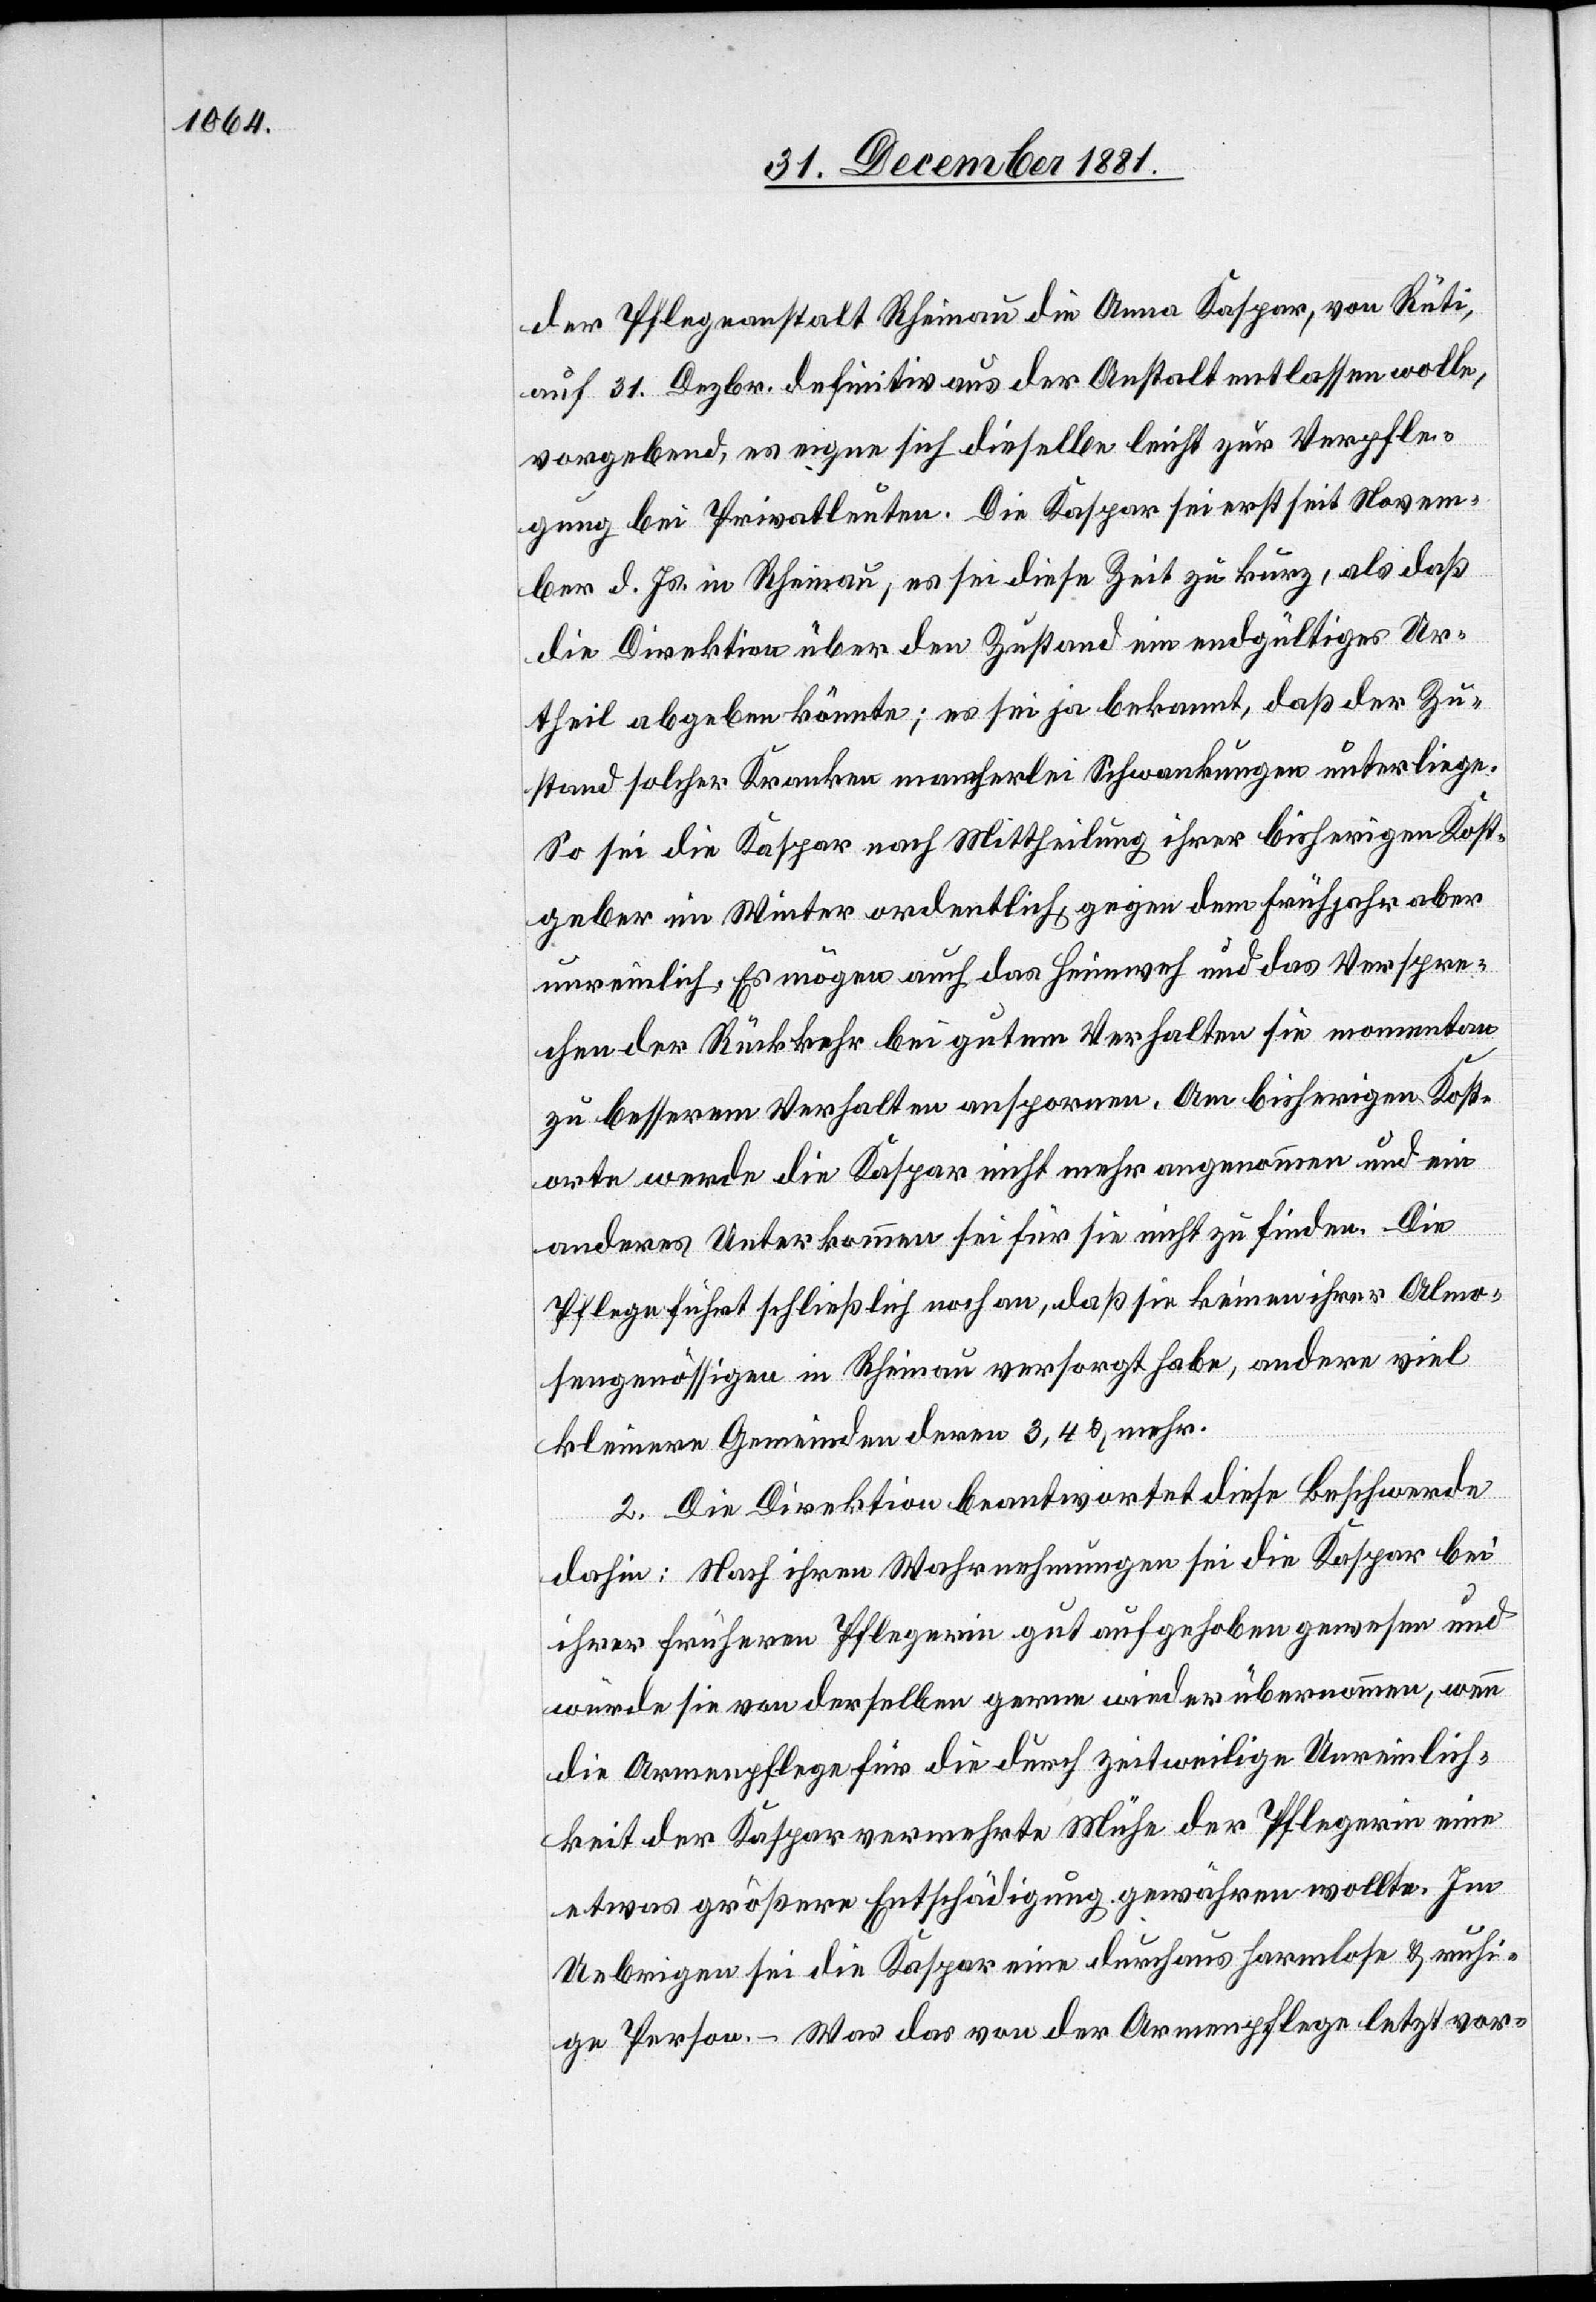
der Pflegeanstalt Rheinau die Anna Kaspar, von Rüti,
auf 31. Dezember definitiv aus der Anstalt entlassen wolle,
vorgebend, es eigne sich dieselbe leicht zur Verpfle¬
gung bei Privatleuten. Die Kaspar sei erst seit Novem¬
ber d. Js. in Rheinau, es sei diese Zeit zu kurz, als daß
die Direktion über den Zustand ein endgültiges Ur¬
theil abgeben könnte; es sei ja bekannt, daß der Zu¬
stand solcher Kranken mancherlei Schwankungen unterliege.
So sei die Kaspar nach Mittheilung ihrer bisherigen Kost¬
geber im Winter ordentlich, gegen dem Frühjahr aber
unreinlich. Es mögen auch das Heimweh und das Verspre¬
chen der Rückkehr bei gutem Verhalten sie momentan
zu besserem Verhalten anspornen. Am bisherigen Kost¬
orte werde die Kaspar nicht mehr angenommen und ein
anderes Unterkommen sei für sie nicht zu finden. Die
Pflege führt schließlich noch an, daß sie keinen ihrer Almo¬
sengenössigen in Rheinau versorgt habe, andere viel
kleinere Gemeinden deren 3, 4 & mehr.
2. Die Direktion beantwortet diese Beschwerde
dahin: Nach ihren Wahrnehmungen sei die Kaspar bei
ihrer früheren Pflegerin gut aufgehoben gewesen und
würde sie von derselben gerne wieder übernommen, wenn
die Armenpflege für die durch zeitweilige Unreinlich¬
keit der Kaspar vermehrte Mühe der Pflegerin eine
etwas größere Entschädigung gewähren wollte. Im
Uebrigen sei die Kaspar eine durchaus formlose & ruhi¬
ge Person. – Was das von der Armenpflege letztvor-